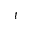
t